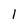
Character: 1